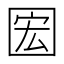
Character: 𫭊